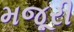
મજૂરી